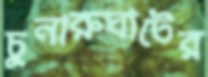
চুনারুঘাটের